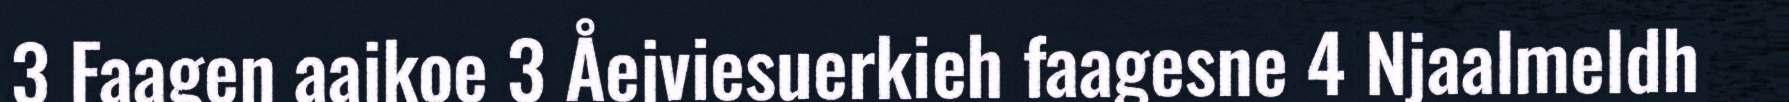
3 Faagen aajkoe 3 Åejviesuerkieh faagesne 4 Njaalmeldh